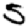
Digit: 5